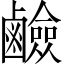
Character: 鹼